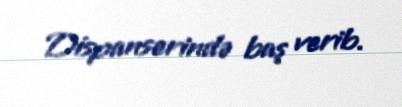
Dispanserində baş verib.